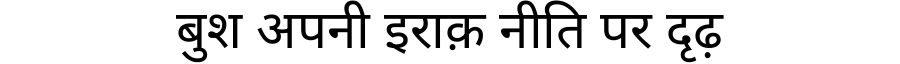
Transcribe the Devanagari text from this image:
बुश अपनी इराक़ नीति पर दृढ़